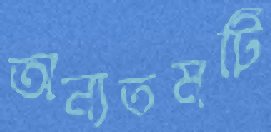
অন্যতমটি